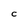
Character: C